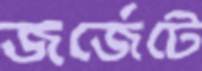
জর্জেটে